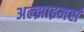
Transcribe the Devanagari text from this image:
अल्झाइमर्स